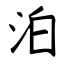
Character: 泊